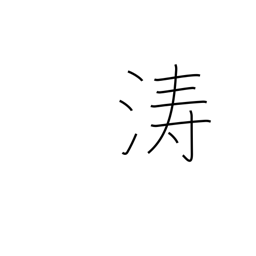
Meaning: billows